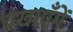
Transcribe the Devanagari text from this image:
चखाएँगें